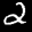
Label: 2